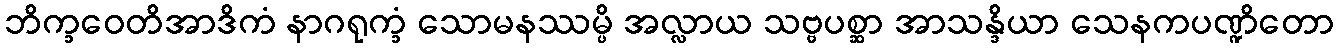
ဘိက္ခဝေတိအာဒိကံ နာဂရုက္ခံ သောမနဿမ္ပိ အလ္လာယ သဗ္ဗပစ္ဆာ အာသန္ဒိယာ သေနကပဏ္ဍိတော